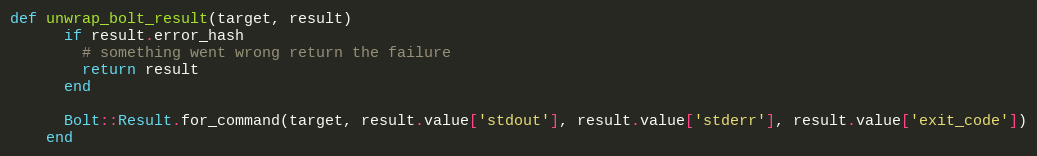
Language: Ruby
def unwrap_bolt_result(target, result)
      if result.error_hash
        # something went wrong return the failure
        return result
      end

      Bolt::Result.for_command(target, result.value['stdout'], result.value['stderr'], result.value['exit_code'])
    end